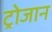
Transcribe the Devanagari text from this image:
ट्रोजान